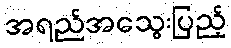
အရည်အသွေးပြည့်